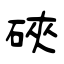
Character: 硤